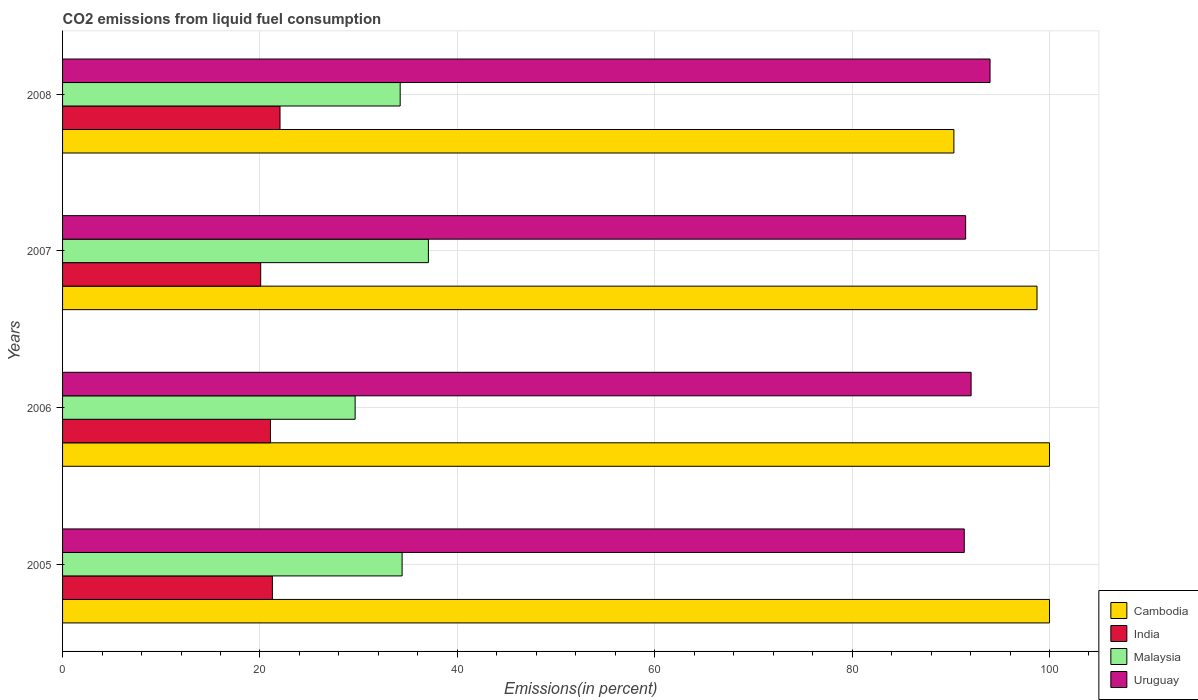
| Years | Cambodia | India | Malaysia | Uruguay |
 | --- | --- | --- | --- | --- |
 | 2005 | 100 | 21.3 | 34.4 | 91.4 |
 | 2006 | 100 | 21.1 | 29.6 | 92.1 |
 | 2007 | 98.7 | 20.1 | 37.1 | 91.5 |
 | 2008 | 90.3 | 22 | 34.2 | 94 |